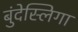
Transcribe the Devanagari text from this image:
बुंदेस्लिगा